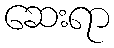
ဆေးရာ